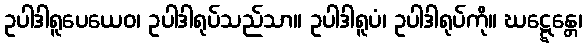
ဥပါဒါရူပေယေဝ၊ ဥပါဒါရုပ်သည်သာ။ ဥပါဒါရူပံ၊ ဥပါဒါရုပ်ကို။ ဃဋ္ဋေန္တေ၊